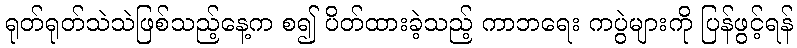
ရုတ်ရုတ်သဲသဲဖြစ်သည့်နေ့က စ၍ ပိတ်ထားခဲ့သည့် ကာဘရေး ကပွဲများကို ပြန်ဖွင့်ရန်